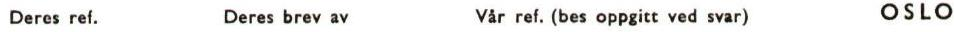
Deres ref. Deres brev av Vår ref. (bes oppgitt ved svar) OSLO